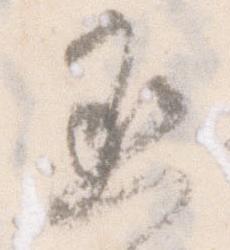
丞